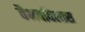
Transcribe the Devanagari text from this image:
वैभवविलास